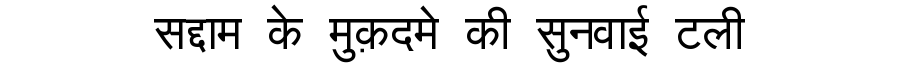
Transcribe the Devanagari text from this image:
सद्दाम के मुक़दमे की सुनवाई टली